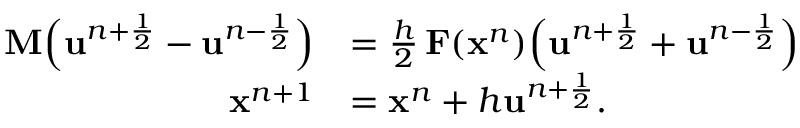
\begin{array} { r l } { \mathbf { M } \Bigl ( \mathbf { u } ^ { n + \frac { 1 } { 2 } } - \mathbf { u } ^ { n - \frac { 1 } { 2 } } \Bigr ) } & { = \frac { h } { 2 } \, \mathbf { F } ( \mathbf { x } ^ { n } ) \Bigl ( \mathbf { u } ^ { n + \frac { 1 } { 2 } } + \mathbf { u } ^ { n - \frac { 1 } { 2 } } \Bigr ) } \\ { \mathbf { x } ^ { n + 1 } } & { = \mathbf { x } ^ { n } + h \mathbf { u } ^ { n + \frac { 1 } { 2 } } . } \end{array}